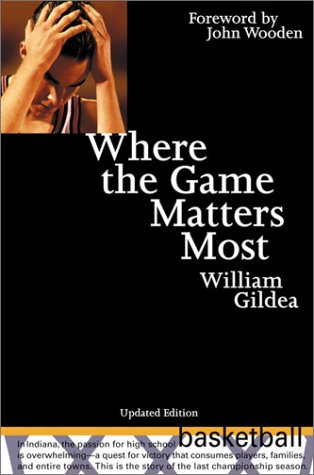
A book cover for Where the Game Matters Most; William Gildea; Sports & Outdoors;